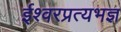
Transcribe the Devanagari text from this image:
ईश्वरप्रत्यभज्ञ